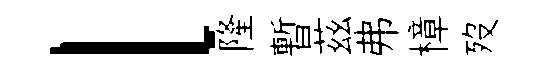
l隆暫茲弗樟歿